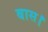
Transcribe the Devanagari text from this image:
बास।